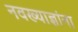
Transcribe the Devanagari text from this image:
नवख्याज्ञांना